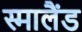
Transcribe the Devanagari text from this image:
स्मालैंड